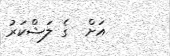
އަށް  ގެ ލަޝްކަރު